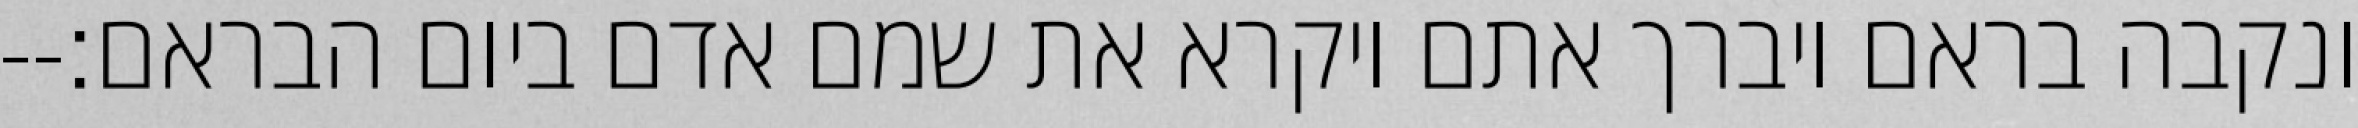
ונקבה בראם ויברך אתם ויקרא את שמם אדם ביום הבראם׃--